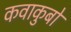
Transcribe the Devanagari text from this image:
कवाकुबो